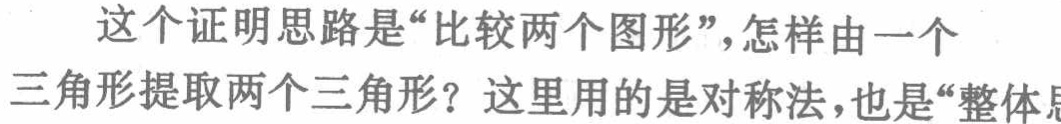
这个证明思路是“比较两个图形”，怎样由一个三角形提取两个三角形？这里用的是对称法，也是“整体思